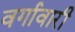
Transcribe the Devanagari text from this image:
वर्गावारी